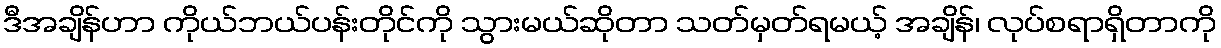
ဒီအချိန်ဟာ ကိုယ်ဘယ်ပန်းတိုင်ကို သွားမယ်ဆိုတာ သတ်မှတ်ရမယ့် အချိန်၊ လုပ်စရာရှိတာကို